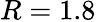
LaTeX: R=1.8